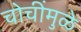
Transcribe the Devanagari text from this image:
चोचींमुळे